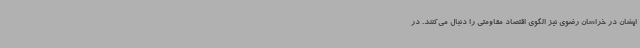
ایشان در خراسان رضوی نیز الگوی اقتصاد مقاومتی را دنبال می‌کنند. در